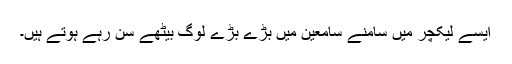
ایسے لیکچر میں سامنے سامعین میں بڑے بڑے لوگ بیٹھے سن رہے ہوتے ہیں۔